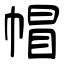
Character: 帽